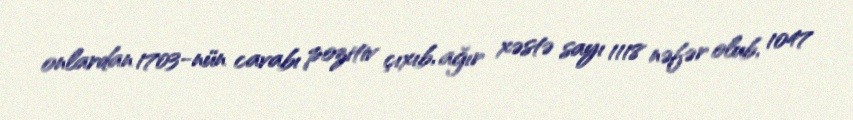
onlardan 1703-nün cavabı pozitiv çıxıb, ağır xəstə sayı 1118 nəfər olub, 1047